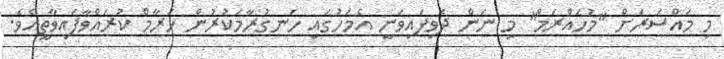
މި މައްސަރަށް "މުހައްރަމް" މި ނަން ދެވިފަައިވަނީ އެމަހުގައި ހަނގުރާމަކުރުން ހަރާމް ކުރައްވާފައިވާތީއެވެ.